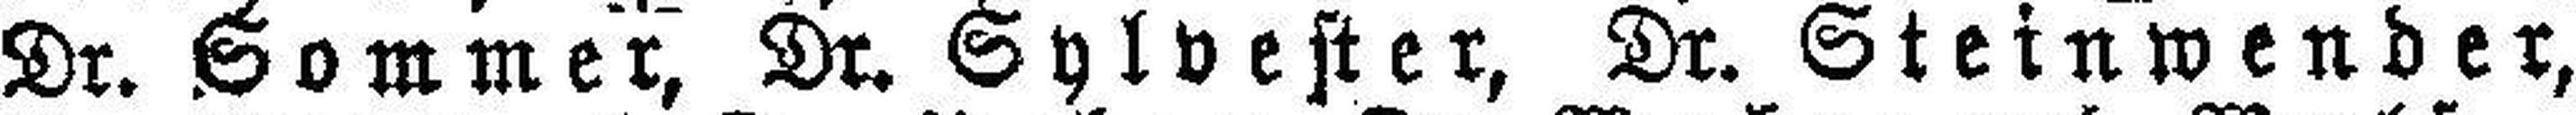
Dr. Sommer, Dr. Sylvester, Dr. Steinwender,